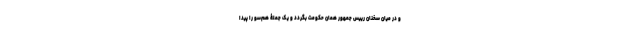
و در میان سخنان رییس جمهور همان حکومت بگردد و یک جملۀ هم‌سو را پیدا